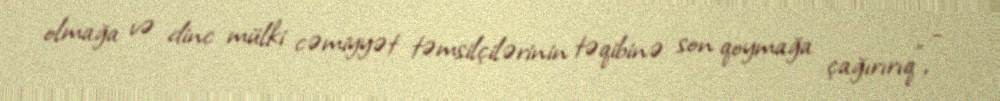
olmağa və dinc mülki cəmiyyət təmsilçilərinin təqibinə son qoymağa çağırırıq”, -